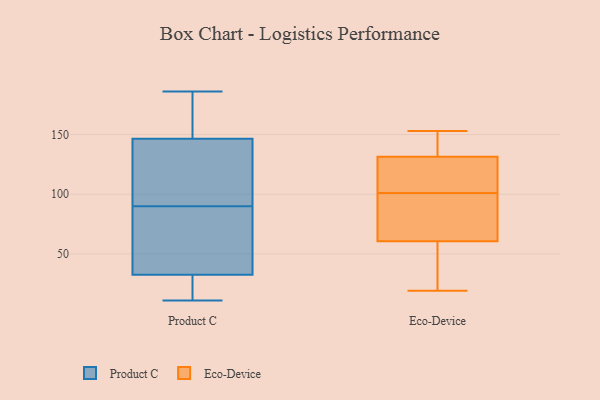
{"axis": {"x": "LTV (USD)", "y": "Value"}, "legend": ["Eco-Device", "Product C"], "data": [{"x": "", "y": 21, "type": "Product C"}, {"x": "", "y": 45, "type": "Product C"}, {"x": "", "y": 32, "type": "Product C"}, {"x": "", "y": 11, "type": "Product C"}, {"x": "", "y": 180, "type": "Product C"}, {"x": "", "y": 147, "type": "Product C"}, {"x": "", "y": 22, "type": "Product C"}, {"x": "", "y": 143, "type": "Product C"}, {"x": "", "y": 105, "type": "Product C"}, {"x": "", "y": 96, "type": "Product C"}, {"x": "", "y": 14, "type": "Product C"}, {"x": "", "y": 84, "type": "Product C"}, {"x": "", "y": 162, "type": "Product C"}, {"x": "", "y": 39, "type": "Product C"}, {"x": "", "y": 37, "type": "Product C"}, {"x": "", "y": 33, "type": "Product C"}, {"x": "", "y": 141, "type": "Product C"}, {"x": "", "y": 179, "type": "Product C"}, {"x": "", "y": 186, "type": "Product C"}, {"x": "", "y": 146, "type": "Product C"}, {"x": "", "y": 109, "type": "Eco-Device"}, {"x": "", "y": 130, "type": "Eco-Device"}, {"x": "", "y": 107, "type": "Eco-Device"}, {"x": "", "y": 95, "type": "Eco-Device"}, {"x": "", "y": 133, "type": "Eco-Device"}, {"x": "", "y": 59, "type": "Eco-Device"}, {"x": "", "y": 65, "type": "Eco-Device"}, {"x": "", "y": 153, "type": "Eco-Device"}, {"x": "", "y": 62, "type": "Eco-Device"}, {"x": "", "y": 19, "type": "Eco-Device"}, {"x": "", "y": 51, "type": "Eco-Device"}, {"x": "", "y": 145, "type": "Eco-Device"}]}